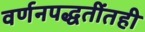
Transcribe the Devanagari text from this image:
वर्णनपद्धतींतही